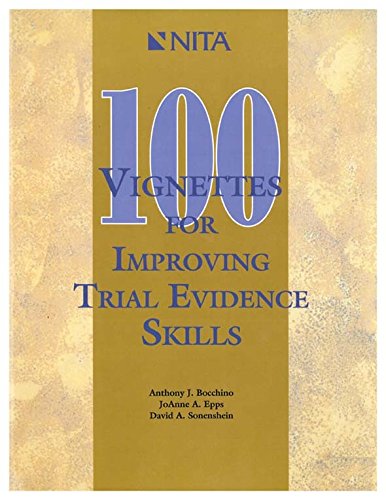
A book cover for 100 Vignettes for Improving Trial Evidence Skills; David Sonenshein; Law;